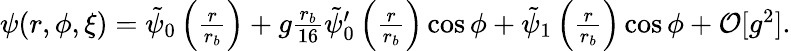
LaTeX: \begin{array}{r}{\psi(r,\phi,\xi)=\tilde{\psi}_{0}\left(\frac{r}{r_{b}}\right)+g\frac{r_{b}}{16}\tilde{\psi}_{0}^{\prime}\left(\frac{r}{r_{b}}\right)\cos\phi+\tilde{\psi}_{1}\left(\frac{r}{r_{b}}\right)\cos\phi+\mathcal{O}[g^{2}].}\end{array}